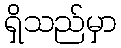
ရှိသည်မှာ